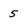
Character: 5